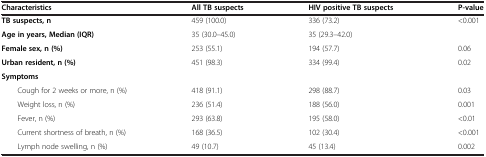
| Characteristics | All TB suspects | HIV positive TB suspects | P-value |
 | --- | --- | --- | --- |
 | TB suspects, n | 459 (100.0) | 336 (73.2) | <0.001 |
 | Age in years, Median (IQR) | 35 (30.0–45.0) | 35 (29.3–42.0) |  |
 | Female sex, n (%) | 253 (55.1) | 194 (57.7) | 0.06 |
 | Urban resident, n (%) | 451 (98.3) | 334 (99.4) | 0.02 |
 | Symptoms |  |  |  |
 | Cough for 2 weeks or more, n (%) | 418 (91.1) | 298 (88.7) | 0.03 |
 | Weight loss, n (%) | 236 (51.4) | 188 (56.0) | 0.001 |
 | Fever, n (%) | 293 (63.8) | 195 (58.0) | <0.01 |
 | Current shortness of breath, n (%) | 168 (36.5) | 102 (30.4) | <0.001 |
 | Lymph node swelling, n (%) | 49 (10.7) | 45 (13.4) | 0.002 |